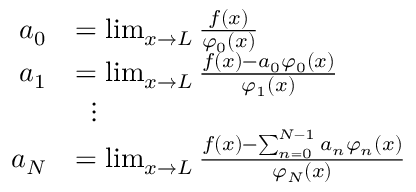
{ \begin{array} { r l } { a _ { 0 } } & { = \operatorname* { l i m } _ { x \to L } { \frac { f ( x ) } { \varphi _ { 0 } ( x ) } } } \\ { a _ { 1 } } & { = \operatorname* { l i m } _ { x \to L } { \frac { f ( x ) - a _ { 0 } \varphi _ { 0 } ( x ) } { \varphi _ { 1 } ( x ) } } } \\ & { \; \; \vdots } \\ { a _ { N } } & { = \operatorname* { l i m } _ { x \to L } { \frac { f ( x ) - \sum _ { n = 0 } ^ { N - 1 } a _ { n } \varphi _ { n } ( x ) } { \varphi _ { N } ( x ) } } } \end{array} }